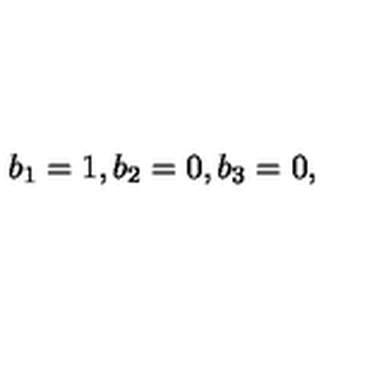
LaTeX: b _ { 1 } = 1 , b _ { 2 } = 0 , b _ { 3 } = 0 ,